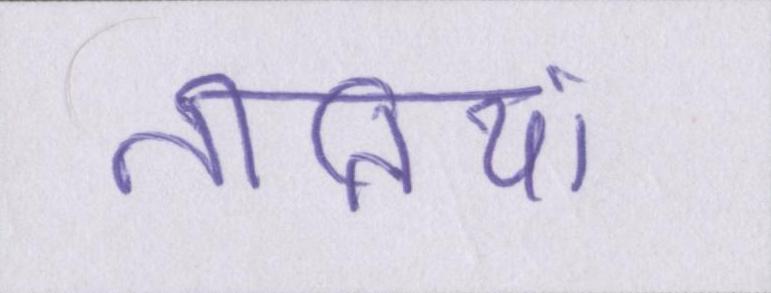
नीतियां